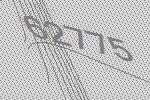
62775